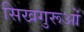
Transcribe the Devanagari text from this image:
सिखगुरूओं